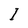
Character: I